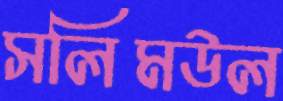
সলিমউল